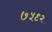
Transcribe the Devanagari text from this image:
७५९२